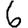
Digit: 6